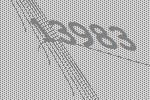
13983